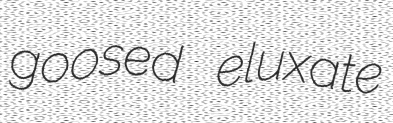
goosed eluxate